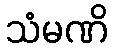
သံမဏိ